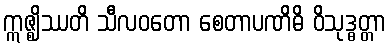
ဣဇ္ဈိဿတိ သီလဝတော စေတာပဏိဓိ ဝိသုဒ္ဓတ္တာ